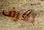
تعرف